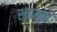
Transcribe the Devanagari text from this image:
सबन्ह